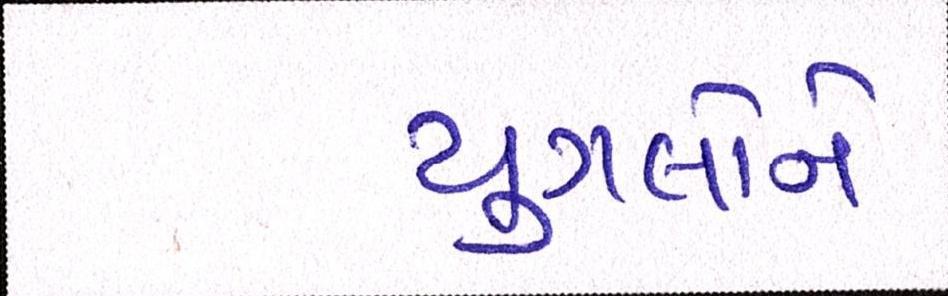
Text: યુગલોને